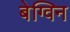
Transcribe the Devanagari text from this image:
बेग्विन